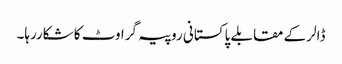
ڈالر کے مقابلے پاکستانی روپیہ گراوٹ کا شکاررہا۔